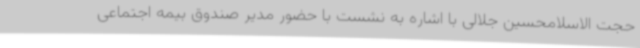
حجت الاسلامحسین جلالی با اشاره به نشست با حضور مدیر صندوق بیمه اجتماعی